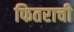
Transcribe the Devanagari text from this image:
फितराची